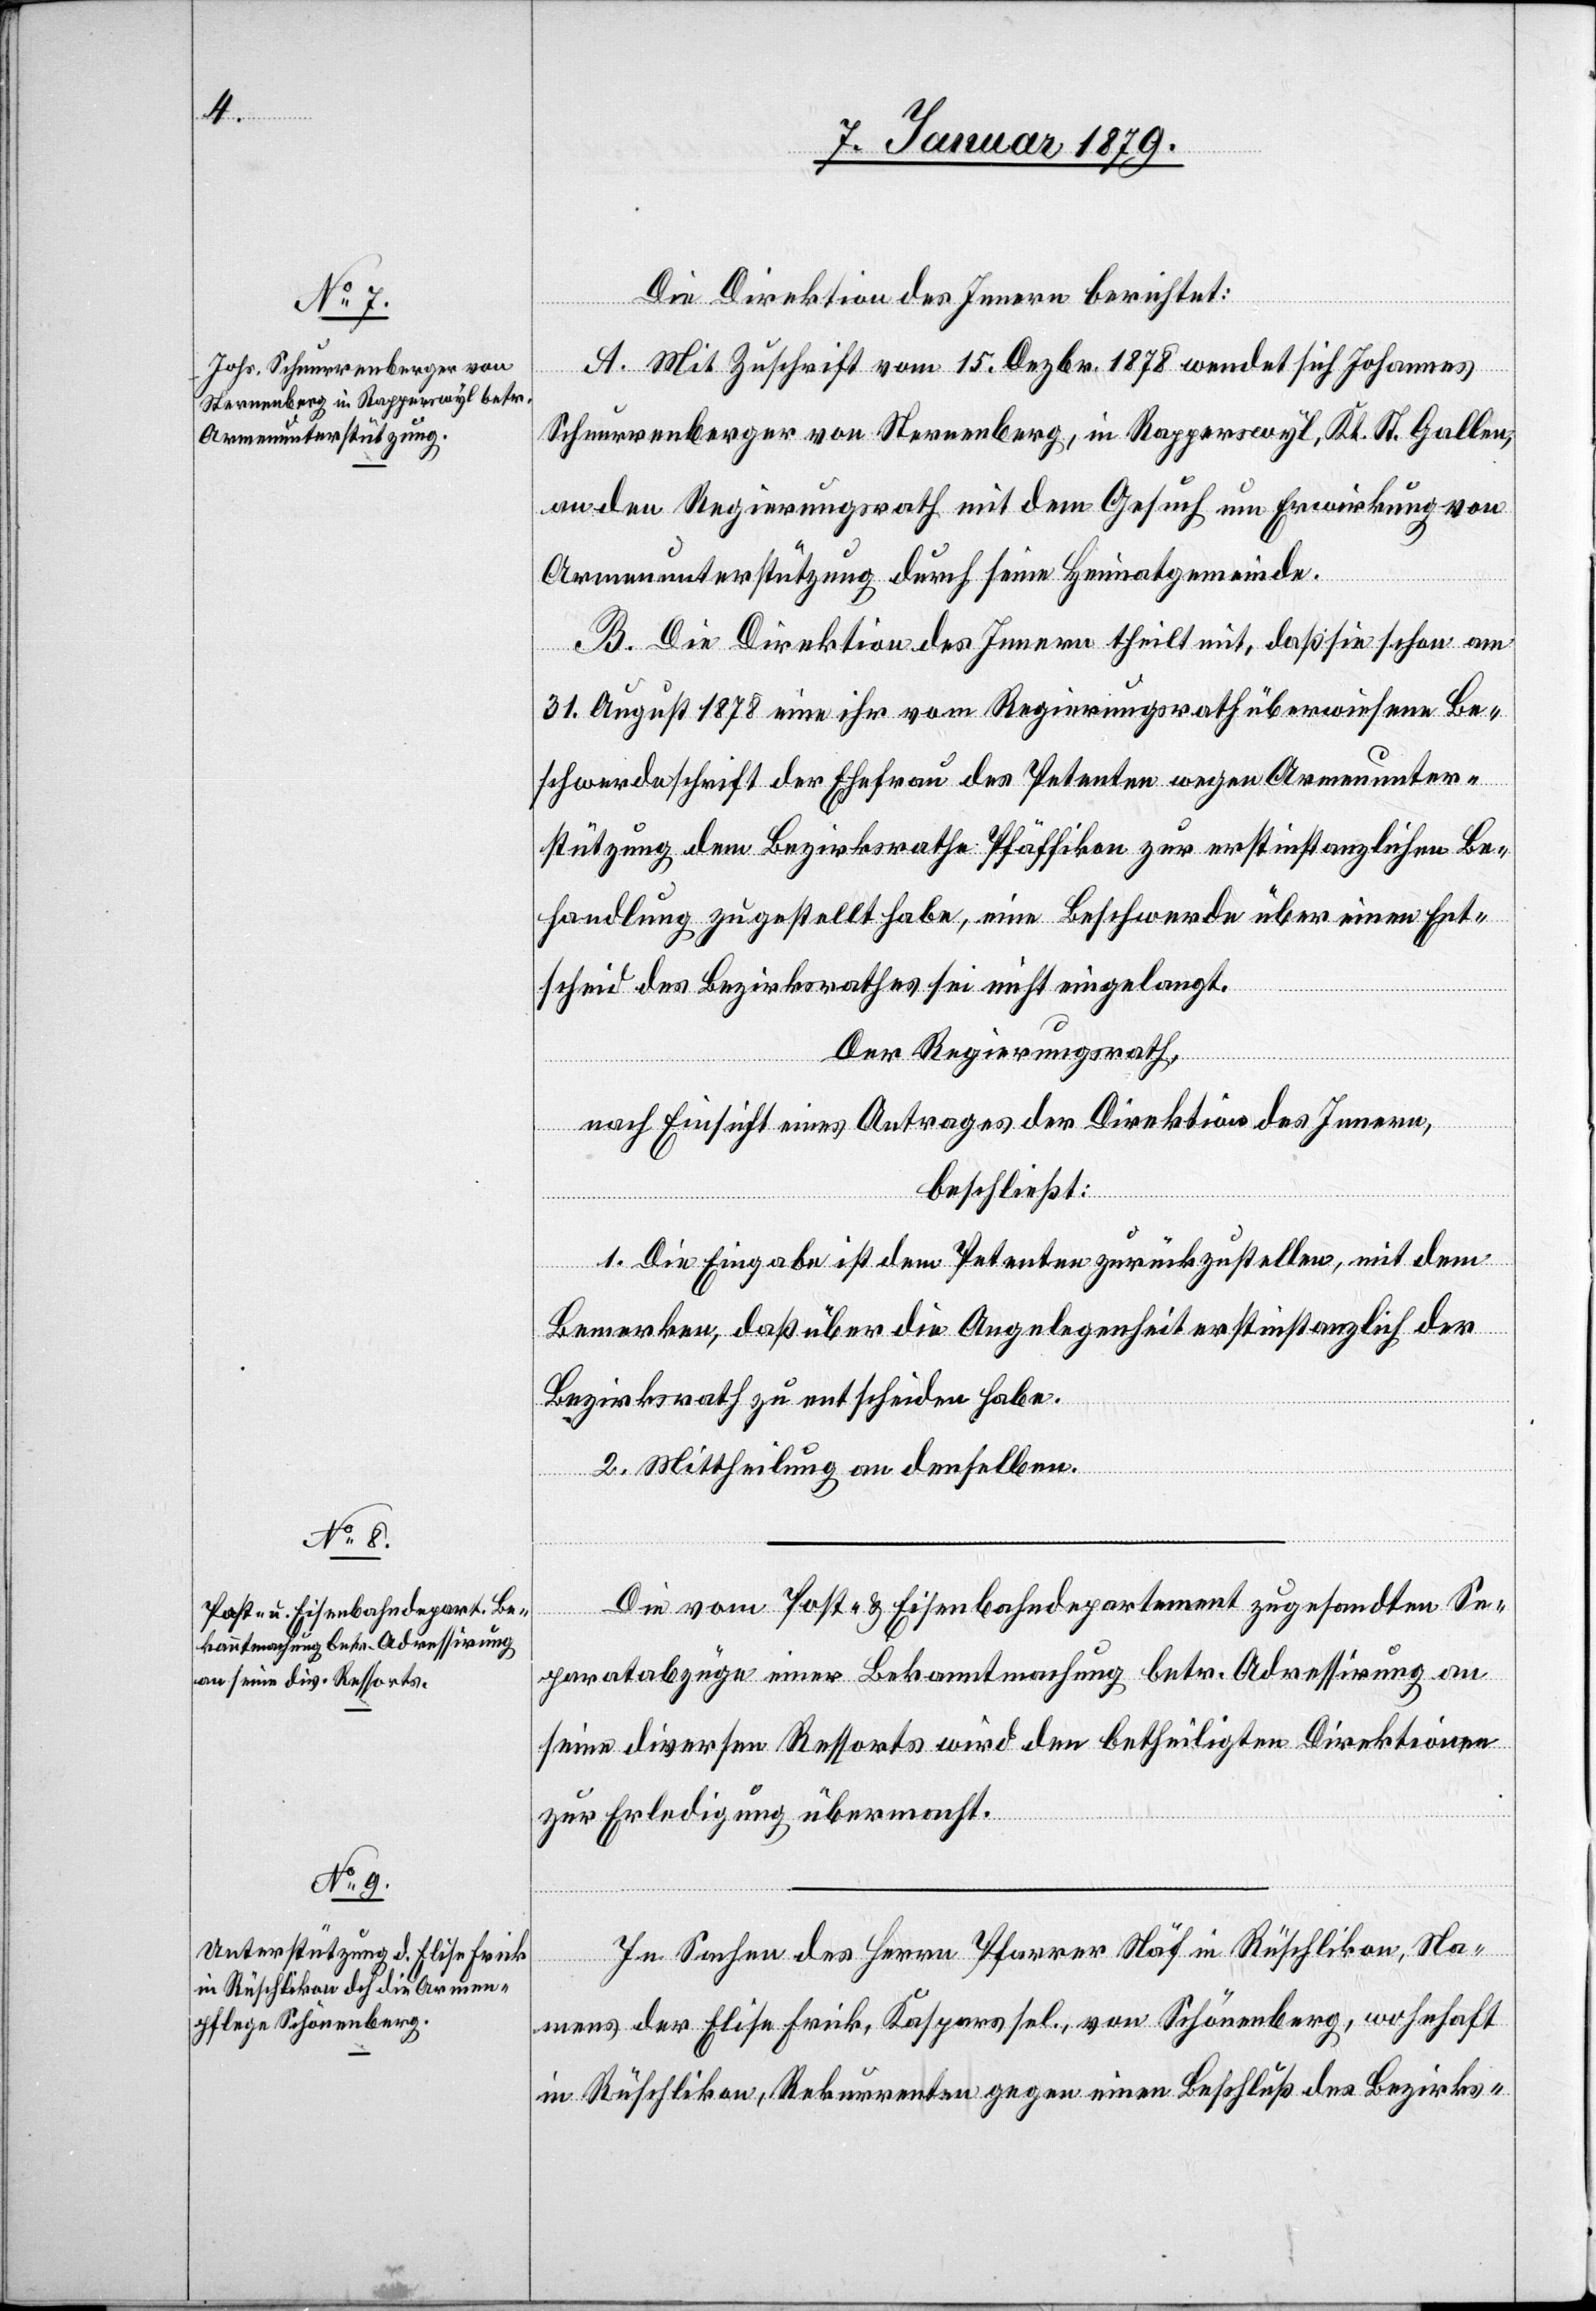
Die Direktion des Innern berichtet:
A. Mit Zuschrift vom 15. Dezbr. 1878 wendet sich Johannes
Schnurrenberger von Sternenberg, in Rapperswyl, Kt. St. Gallen,
an den Regierungsrath mit dem Gesuch um Erwirkung von
Armenunterstützung durch seine Heimatgemeinde.
B. Die Direktion des Innern theilt mit, daß sie schon am
31. August 1878 eine ihr vom Regierungsrath überwiesene Be¬
schwerdeschrift der Ehefrau des Petenten wegen Armenunter¬
stützung dem Bezirksrathe Pfäffikon zur erstinstanzlichen Be¬
handlung zugestellt habe, eine Beschwerde über einen Ent¬
scheid des Bezirksrathes sei nicht eingelangt.
Der Regierungsrath,
nach Einsicht eines Antrages der Direktion des Innern,
beschließt:
1. Die Eingabe ist dem Petenten zurückzustellen, mit dem
Bemerken, daß über die Angelegenheit erstinstanzlich der
Bezirksrath zu entscheiden habe.
2. Mittheilung an denselben.
Die vom Post- & Eisenbahndepartement zugesandten Se¬
paratabzüge einer Bekanntmachung betr. Adressirung an
seine diversen Ressorts wird den betheiligten Direktionen
zur Erledigung übermacht.
In Sachen des Herrn Pfarrer Näf in Rüschlikon, Na¬
mens der Elise Frick, Kaspers sel., von Schönenberg, wohnhaft
in Rüschlikon, Rekurrenten gegen einen Beschluß des Bezirks-